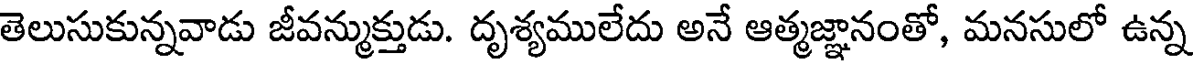
తెలుసుకున్నవాడు జీవన్ముక్తుడు. దృశ్యములేదు అనే ఆత్మజ్ఞానంతో, మనసులో ఉన్న